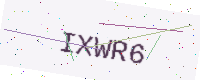
Text: IXWR6